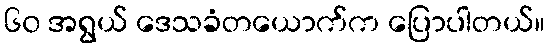
၆၀ အရွယ် ဒေသခံတယောက်က ပြောပါတယ်။